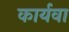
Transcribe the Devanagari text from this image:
कार्यवा